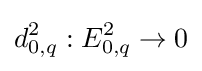
d_{0,q}^{2}:E_{0,q}^{2}\to 0